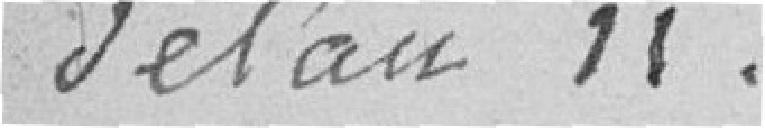
de l'an 11